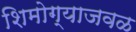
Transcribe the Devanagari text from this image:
शिमोग्याजवळ